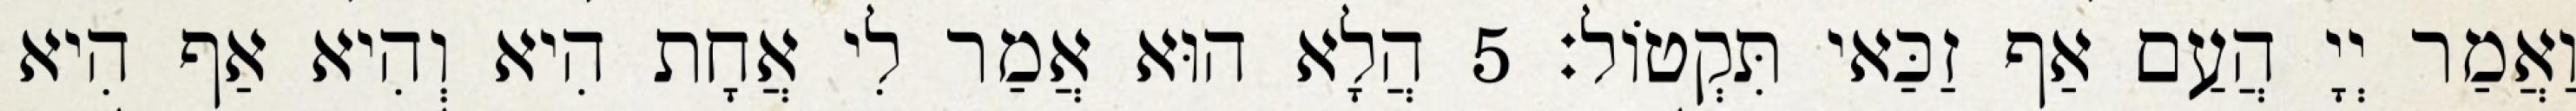
וַאֲמַר יְיָ הֲעַם אַף זַכַּאי תִּקְטוֹל׃ 5 הֲלָא הוּא אֲמַר לִי אֲחָת הִיא וְהִיא אַף הִיא